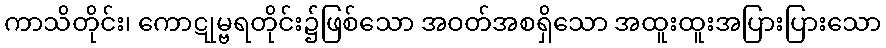
ကာသိတိုင်း၊ ကောဋုမ္ဗရတိုင်း၌ဖြစ်သော အဝတ်အစရှိသော အထူးထူးအပြားပြားသော